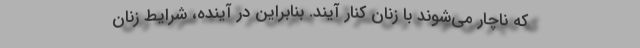
که ناچار می‌شوند با زنان کنار آیند. بنابراین در آینده، شرایط زنان